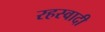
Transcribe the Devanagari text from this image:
रहस्वादी